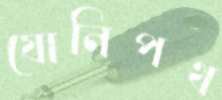
যোনিপথ